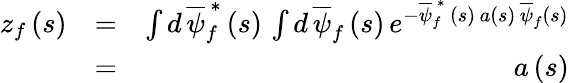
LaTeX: \begin{array}{rlr}{z_{f}\left(s\right)}&{=}&{\int d\, \overline{{\psi}}_{f}^{\, \ast}\left(s\right)\, \int d\, \overline{{\psi}}_{f}\left(s\right)\, e^{-\overline{{\psi}}_{f}^{\, \ast}\, \left(s\right)\, a\left(s\right)\, \overline{{\psi}}_{f}\left(s\right)}}\\ &{=}&{a\left(s\right)}\end{array}